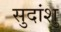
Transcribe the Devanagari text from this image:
सुदांशु